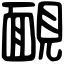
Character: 靦